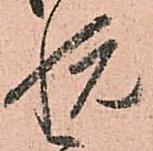
悦